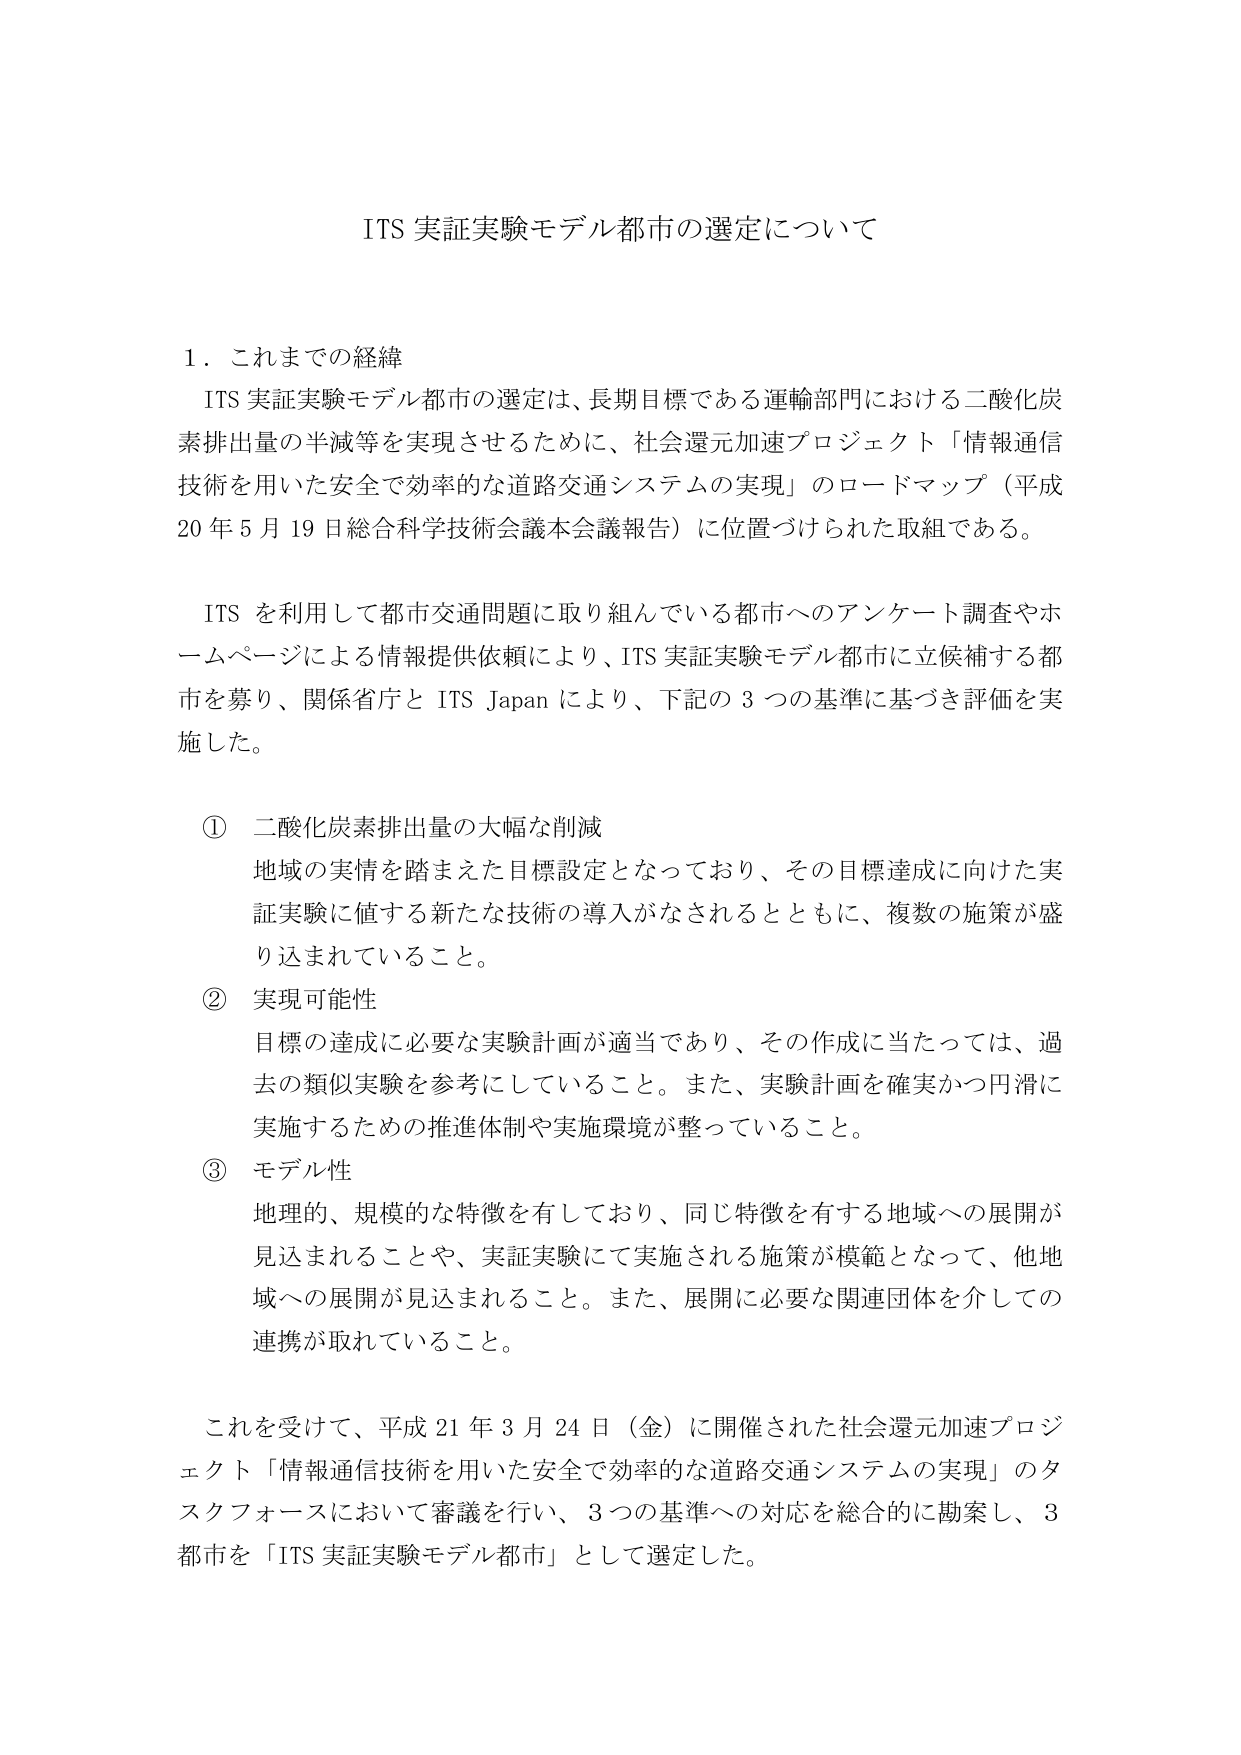
ITS 実証実験モデル都市の選定について

１．これまでの経緯
ITS 実証実験モデル都市の選定は、長期目標である運輸部門における二酸化炭素排出量の半減等を実現させるために、社会還元加速プロジェクト「情報通信技術を用いた安全で効率的な道路交通システムの実現」のロードマップ（平成20年5月19日総合科学技術会議本会議報告）に位置づけられた取組である。

ITS を利用して都市交通問題に取り組んでいる都市へのアンケート調査やホームページによる情報提供依頼により、ITS 実証実験モデル都市に立候補する都市を募り、関係省庁と ITS Japan により、下記の３つの基準に基づき評価を実施した。

① 二酸化炭素排出量の大幅な削減
地域の実情を踏まえた目標設定となっており、その目標達成に向けた実証実験に値する新たな技術の導入がなされるとともに、複数の施策が盛り込まれていること。

② 実現可能性
目標の達成に必要な実験計画が適当であり、その作成に当たっては、過去の類似実験を参考にしていること。また、実験計画を確実かつ円滑に実施するための推進体制や実施環境が整っていること。

③ モデル性
地理的、規模的な特徴を有しており、同じ特徴を有する地域への展開が見込まれることや、実証実験にて実施される施策が模範となって、他地域への展開が見込まれること。また、展開に必要な関連団体を介しての連携が取れていること。

これを受けて、平成21年3月24日（金）に開催された社会還元加速プロジェクト「情報通信技術を用いた安全で効率的な道路交通システムの実現」のタスクフォースにおいて審議を行い、3つの基準への対応を総合的に勘案し、3都市を「ITS 実証実験モデル都市」として選定した。